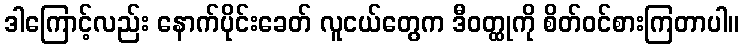
ဒါကြောင့်လည်း နောက်ပိုင်းခေတ် လူငယ်တွေက ဒီဝတ္ထုကို စိတ်ဝင်စားကြတာပါ။